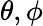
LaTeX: \theta,\phi